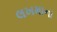
લખમાના